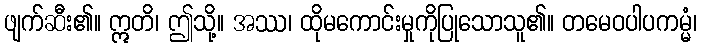
ဖျက်ဆီး၏။ ဣတိ၊ ဤသို့။ အဿ၊ ထိုမကောင်းမှုကိုပြုသောသူ၏။ တမေဝပါပကမ္မံ၊